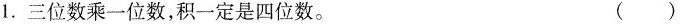
1.三位数乘一位数，积一定是四位数。 ()